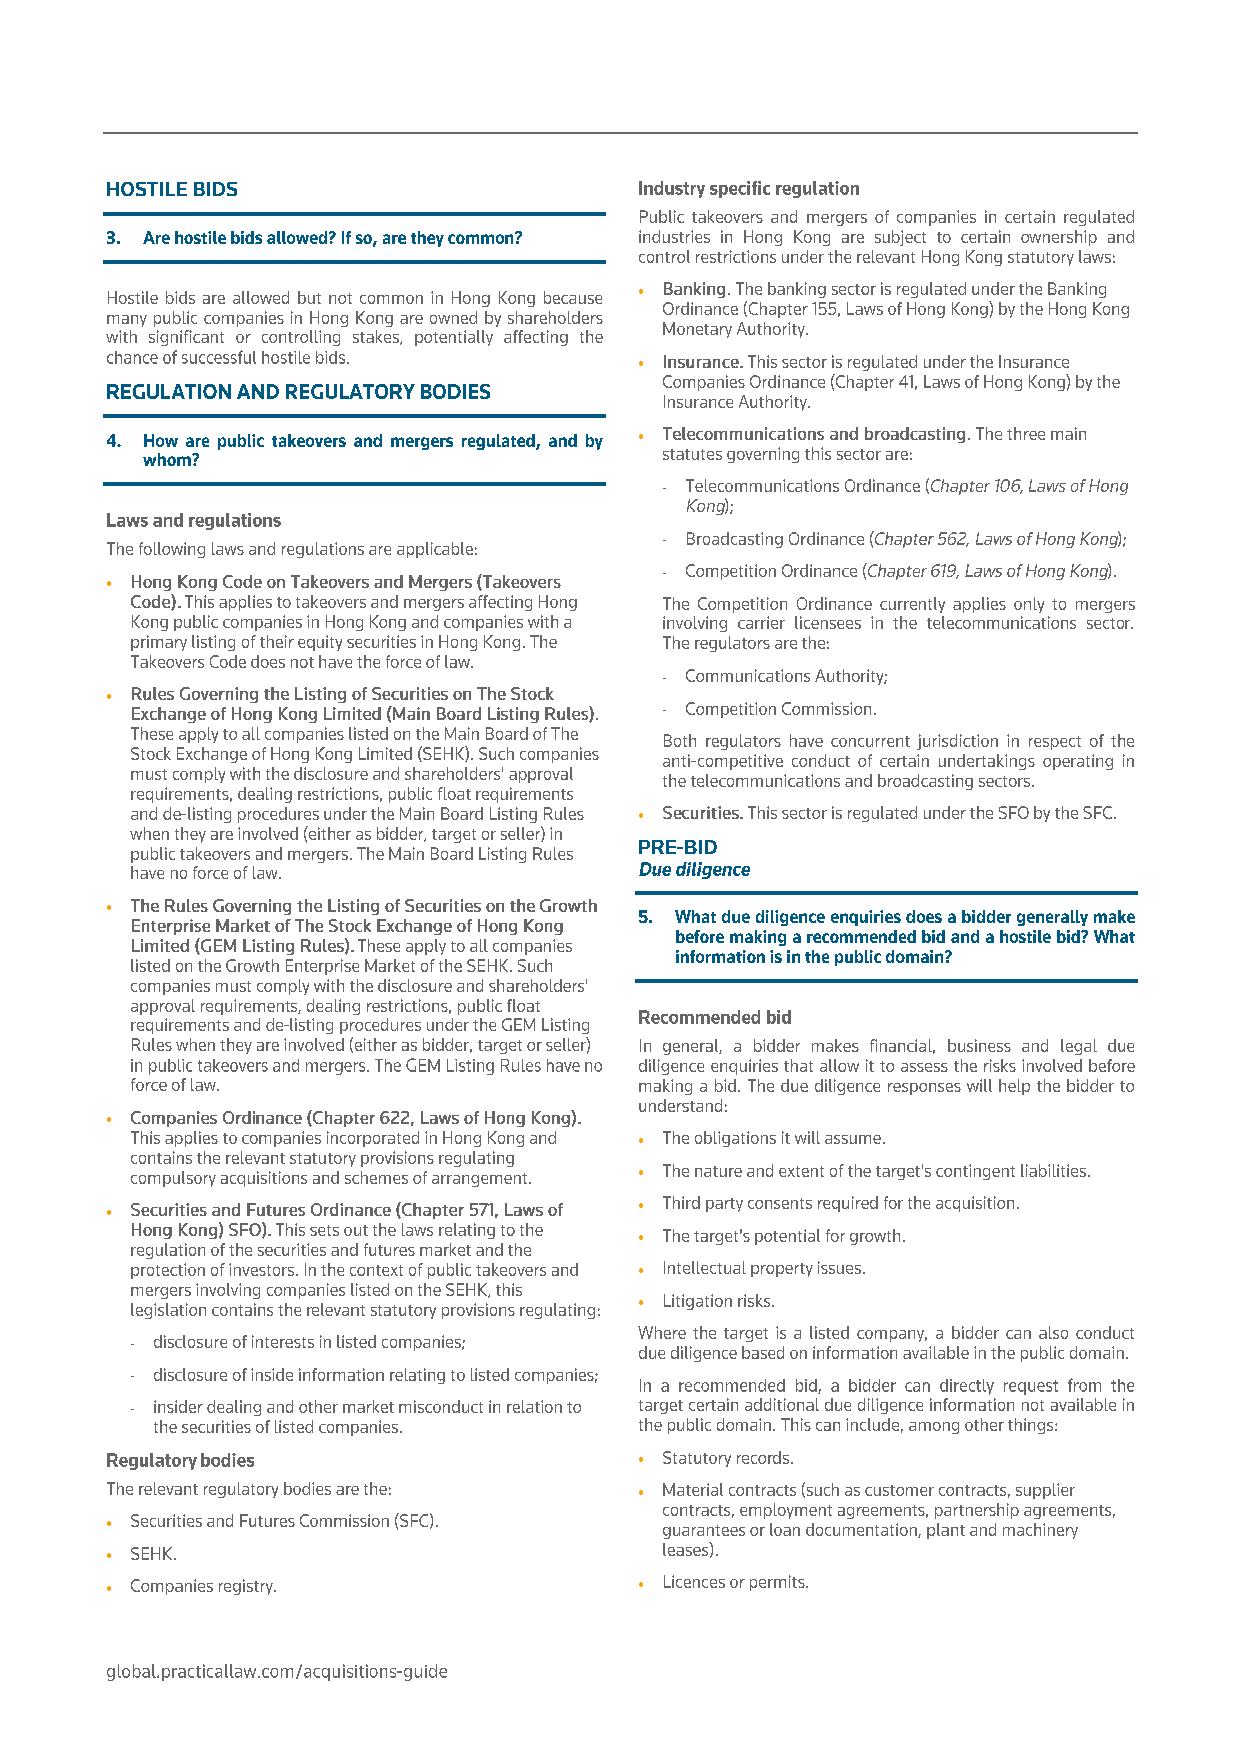

 
 
 
 
 
 
 
 
 
 
 
 
 
 
 
 
 
 
                                   